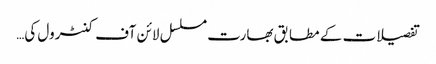
تفصیلات کے مطابق بھارت مسلسل لائن آف کنٹرول کی…